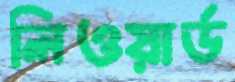
লিওয়ার্ড